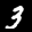
Label: 3